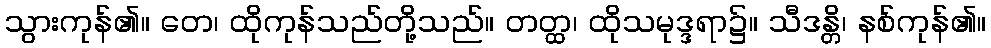
သွားကုန်၏။ တေ၊ ထိုကုန်သည်တို့သည်။ တတ္ထ၊ ထိုသမုဒ္ဒရာ၌။ သီဒန္တိ၊ နစ်ကုန်၏။